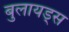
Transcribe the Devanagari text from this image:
बुलायड्स